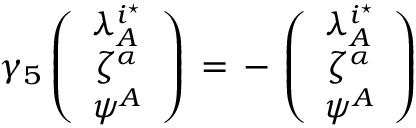
\gamma _ { 5 } \left( \begin{array} { c } { { \lambda _ { A } ^ { i ^ { \star } } } } \\ { { \zeta ^ { \alpha } } } \\ { { \psi ^ { A } } } \end{array} \right) \, = \, - \, \left( \begin{array} { c } { { \lambda _ { A } ^ { i ^ { \star } } } } \\ { { \zeta ^ { \alpha } } } \\ { { \psi ^ { A } } } \end{array} \right)